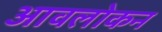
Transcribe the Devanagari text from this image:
आवलोकन